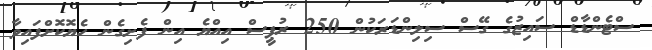
ސްޓެންޑާޑް ސައިޒުގެ ގޭސް ސިލިންޑަރަކުން 250 ރުޕީސް އިއްޔެ އިން ފެށިގެން ހެޔޮކޮށްފައިވާ